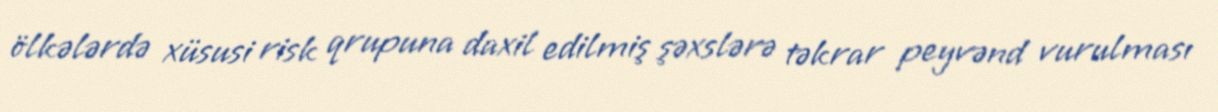
ölkələrdə xüsusi risk qrupuna daxil edilmiş şəxslərə təkrar peyvənd vurulması